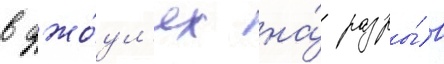
в джо́ул'ях на́ разры́в